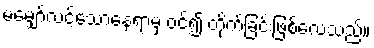
မမျှော်လင့်သောနေရာမှ ဝင်၍ တိုက်ခြင်းဖြစ်လေသည်။